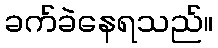
ခက်ခဲနေရသည်။